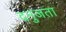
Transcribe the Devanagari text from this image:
दनुजता